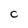
Character: C